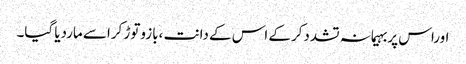
اوراس پربہیمانہ تشددکرکے اس کے دانت ،بازوتوڑ کراسے ماردیا گیا۔